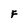
Character: F